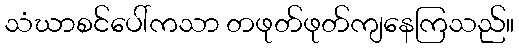
သံဃာစင်ပေါ်ကသာ တဖုတ်ဖုတ်ကျနေကြသည်။